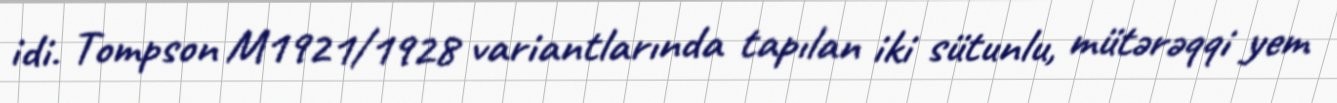
idi. Tompson M1921/1928 variantlarında tapılan iki sütunlu, mütərəqqi yem